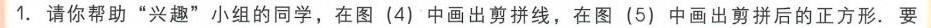
1. 请你帮助“兴趣”小组的同学，在图（4）中画出剪拼线，在图（5）中画出剪拼后的正方形. 要